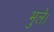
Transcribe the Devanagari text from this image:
भुले।